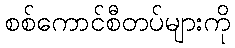
စစ်ကောင်စီတပ်များကို